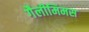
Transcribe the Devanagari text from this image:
गैलीमिमस